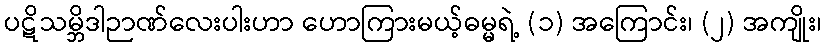
ပဋိသမ္ဘိဒါဉာဏ်လေးပါးဟာ ဟောကြားမယ့်ဓမ္မရဲ့ (၁) အကြောင်း၊ (၂) အကျိုး၊